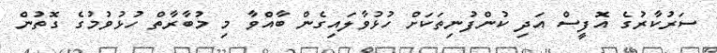
ސަރުކާރުގެ އޮފީސް އަދި ކުންފުނިތަކަށް ހުޅުވާލައިގެން ބާއްވާ މި މުބާރާތް ހުޅުވުމުގެ ގޮތުން